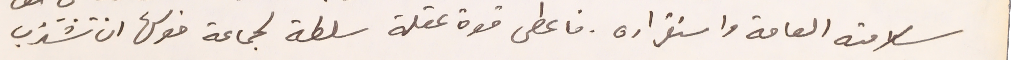
سلامته العامة واستقراره. فاعطى قوة عقله سلطة لجماعة خولها ان تشتري